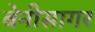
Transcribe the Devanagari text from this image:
बेनीसागर